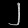
Digit: ၂